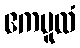
ဧကမူလံ